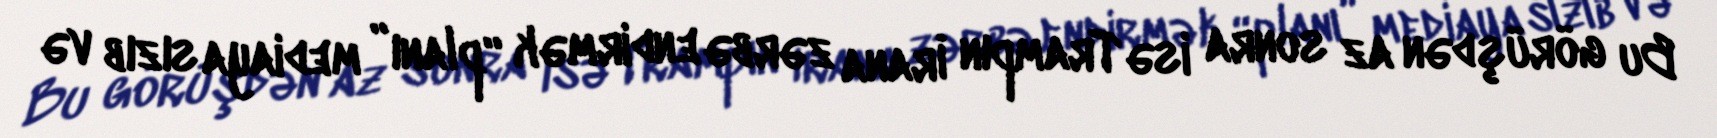
Bu görüşdən az sonra isə Trampın İrana zərbə endirmək “planı” mediaya sızıb və